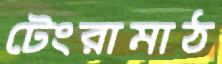
টেংরামাঠ